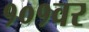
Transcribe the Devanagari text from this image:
१०१वर